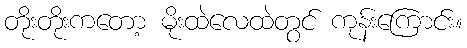
တိုးတိုးကတော့ မိုးထဲလေထဲတွင် ကုန်းကြောင်း။